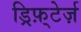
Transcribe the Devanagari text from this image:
ड्रिफ़्टेर्ज़